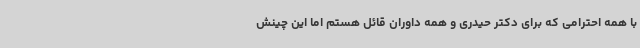
با همه احترامی که برای دکتر حیدری و همه داوران قائل هستم اما این چینش